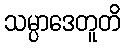
သမ္ပာဒေတူတိ